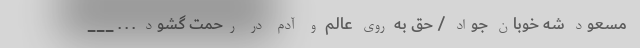
مسعود شه خوبان جواد / حق به روی عالم و آدم در رحمت گشود . . . ___